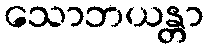
သောဘယန္တာ